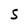
Character: s